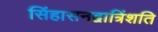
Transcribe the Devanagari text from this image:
सिंहासनद्वात्रिंशति